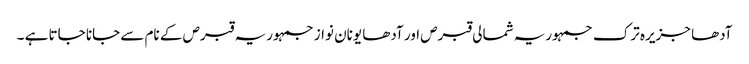
آدھا جزیرہ ترک جمہوریہ شمالی قبرص اور آدھا یونان نواز جمہوریہ قبرص کے نام سے جانا جاتا ہے ۔